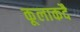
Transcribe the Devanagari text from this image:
कूलाकदै